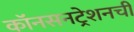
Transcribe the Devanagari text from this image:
कॉनसनट्रेशनची